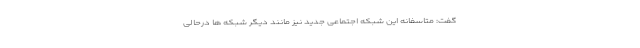
گفت: متاسفانه این شبکه اجتماعی جدید نیز مانند دیگر شبکه ها درحالی